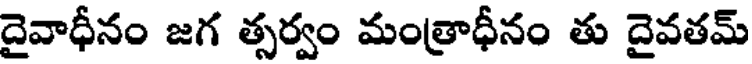
దైవాధీనం జగ త్సర్వం మంత్రాధీనం తు దైవతమ్